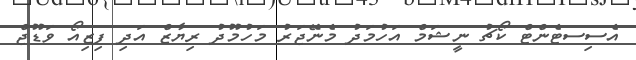
އެސިސޓެންޓް ކޯޗު ނީޝަމް އަހުމަދު މެނޭޖަރު މަހުމޫދު ރިޔާޒް އަދި ފިޒިއޯ ވަޑޫޖް